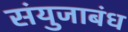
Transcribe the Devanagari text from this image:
संयुजाबंध